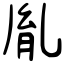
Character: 胤